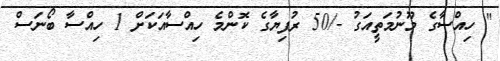
" ހިއްސާގެ މޫނުމަތީއަގު -/50 ރުފިޔާގެ ކޮންމެ ހިއްސާއަކަށް 1 ހިއްސާ ބޯނަސް